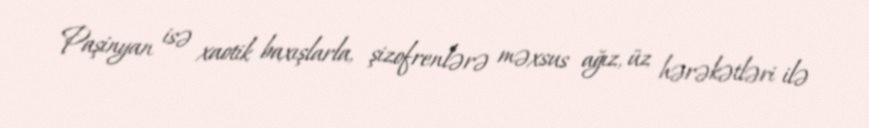
Paşinyan isə xaotik baxışlarla, şizofrenlərə məxsus ağız, üz hərəkətləri ilə